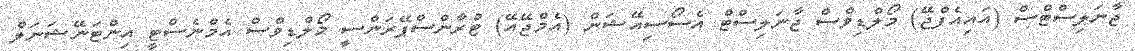
ޖާނަލިސްޓްސް (އައިއެފްޖޭ) މޯލްޑިވްސް ޖާނަލިސްޓް އެސޯސިއޭޝަން (އެމްޖޭއޭ) ޓްރާންސްޕޭރަންސީ މޯލްޑިވްސް އެމްނެސްޓީ އިންޓަނޭޝަނަލް